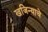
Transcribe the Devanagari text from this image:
खजिन्याचे